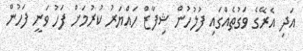
އަދި އެރޭގެ ވަގުތެއްގައި ފުލުހުން ޝިފާޒް ހައްޔަރު ކުރުމަށް ފަހު ވަނީ ފަހުން